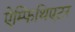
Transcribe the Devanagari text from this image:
ऐम्फिथिएटर